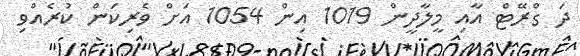
ދަ ގްރޭޓް އާއި މީލާދީން 1019 އިން 1054 އަށް ވެރިކަން ކުރެއްވި